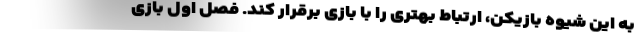
به این شیوه بازیکن، ارتباط بهتری را با بازی برقرار کند. فصل اول بازی